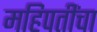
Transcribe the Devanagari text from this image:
महिपतींचा